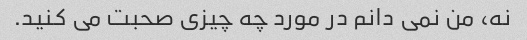
نه، من نمی دانم در مورد چه چیزی صحبت می کنید.